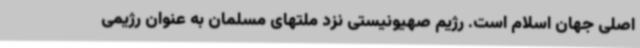
اصلی جهان اسلام است. رژیم صهیونیستی نزد ملتهای مسلمان به عنوان رژیمی